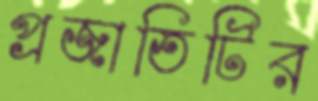
প্রজাতিটির